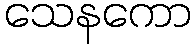
သေနကော